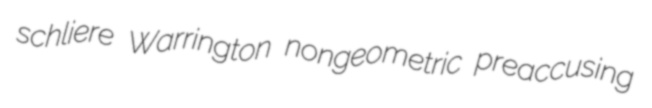
schliere Warrington nongeometric preaccusing